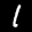
Label: 1